Lunatic asylums Punjab 1911-1921 - 1911-1921
Year: 1911
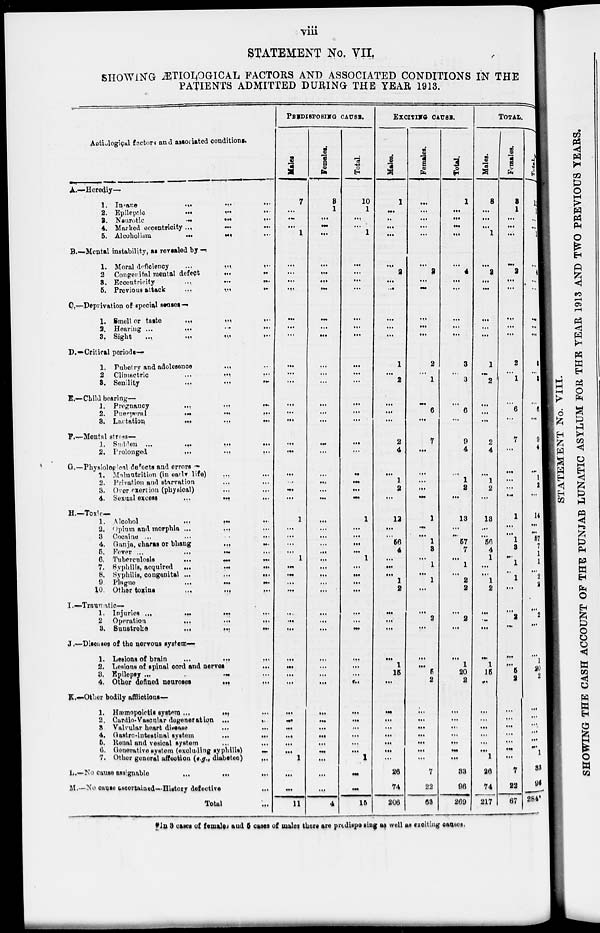
viii
STATEMENT No. VII.
SHOWING ÆTIOLOGICAL FACTORS AND ASSOCIATED CONDITIONS IN THE
PATIENTS ADMITTED DURING THE YEAR 1913.
Aeticlogical factors and associated conditios.
A.—Herediy—
1. Insane
...
...
...
2.
Epileptic
...
...
...
3. Neurotic
...
...
...
4. Marked eccentricity ... ... ...
5. Alcoholism
...
...
...
B.—Mental instability, as revealed by —
1. Moral deficiency
...
...
...
2. Congenital mental defect
...
...
3. Eccentricity
...
...
...
5. Previous attack
...
...
...
C —Deprivation of special senses—
1. Smell or taste
...
...
...
2. Hearing ... ... ... ...
3. Sight
...
...
...
...
D.—Critical poriods—
1. Pubetry and adolesence
... ...
2 Climactric
...
...
...
3. Senility
...
...
...
E.—Child bearing—
1. Pregnancy
...
...
...
2. Puerperal
...
...
...
3. Lactation
...
...
...
F.—Mental stress—
1.
Sudden
...
...
...
...
2.
Prolonged
...
...
...
G.—Physiological defects and errors —
1. Malnutrition (in early lifa) ... ...
2. Privation and starvation ... ...
3. Over exertion (physical) ... ...
4. Sexual escess
...
...
...
H.—Toxic—
1. Alcohol
...
...
...
2. Opium and morphia ... ... ...
3 Cocaine ... ... ... ...
4. Ganja, charas or bhang
...
...
5. Fever
...
...
...
...
6, Tuberculosis ... ... ...
7. Syphilis, acquired
...
...
...
8. Syphilis, congenital ...
...
...
9. Plague
...
...
...
10. Other toxins
...
...
...
I.—Traunatic—
1. Injuries ...
...
...
...
2 Operation
...
...
...
3.
Sunetroke
...
...
...
J.—Diseases of the nervous system—
1. Lesions of brain
...
... ...
2. Lesions of spinal cord and
nerves
...
3. Epilepsy
...
...
...
4. Other defined neuroses
...
...
K.—Other bodily afflictions—
1. Hæmopoictis system ... ... ...
2. Cardio-Vascular degeneration ...
...
3. Valvular heart disease
...
...
4. Gastro-intestinal
system
...
...
5. Renal and vesical system ... ...
6. Generative system (excluding syphllis)
...
7. Other general affection (e.g., diabetee)
...
L.—No cause assignable
...
...
...
M.—No cause ascertained—History defective ...
Total
...
PREDISPOSING CAUSE.
Males.
7
...
...
...
1
...
...
...
...
...
...
...
...
...
...
...
...
...
...
...
...
...
...
...
1
...
...
...
...
1
...
...
...
...
...
...
...
...
...
...
...
...
...
...
...
...
...
1
...
...
11
Females.
3
1
...
...
...
...
...
...
...
...
...
...
...
...
...
...
...
...
...
...
...
...
...
...
...
...
...
...
...
...
...
...
...
...
...
...
...
...
...
...
...
...
...
...
...
...
...
...
...
...
4
Total.
10
1
...
...
1
...
...
...
...
...
...
...
...
...
...
...
...
...
...
...
...
...
...
...
1
...
...
...
...
1
...
...
...
...
...
...
...
...
...
...
...
...
...
...
...
...
...
1
...
...
15
EXCITING CAUSES.
Males.
1
...
...
...
...
...
2
...
...
...
...
...
1
...
2
...
...
...
2
4
...
1
2
...
12
...
...
56
4
...
...
...
1
2
...
...
...
...
1
15
...
...
...
...
...
...
...
...
26
74
206
Females.
...
...
...
...
...
...
2
...
...
...
...
...
2
...
1
...
6
...
7
...
...
...
...
...
1
...
...
1
3
...
1
...
1
...
...
2
...
...
...
5
2
...
...
...
...
...
...
...
7
22
63
Total.
1
...
...
...
...
...
4
...
...
...
...
...
3
...
3
...
6
...
9
4
...
1
2
...
13
...
...
57
7
...
1
...
2
2
...
2
...
...
1
20
2
...
...
...
...
...
...
...
33
96
269
TOTAL.
Males.
8
...
...
...
1
...
2
...
...
...
...
...
1
...
2
...
...
...
2
4
...
1
2
...
13
...
...
56
4
1
...
...
1
2
...
...
...
...
1
15
...
...
...
...
...
...
...
1
26
74
217
Females.
3
1
...
...
...
...
2
...
...
...
...
...
2
...
1
...
6
...
7
...
...
...
...
...
1
...
... 1
3
1
1
...
1
...
...
2
...
...
...
5
2
...
...
...
...
...
...
...
7
22
67
Total.
11
1
...
...
1
...
4
...
...
...
...
...
3
...
3
...
6
...
9
4
...
1
2
...
14
...
...
57
7
1
1
...
2
2
...
2
...
...
1
20
2
...
...
...
...
...
...
1
33
96
284*
*In 3 cases of females and 5 cases of males there are predisposing as well as exciting causes.